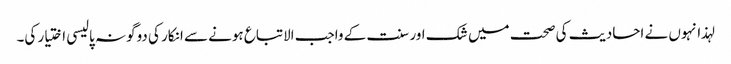
لہذا نہوں نے احادیث کی صحت میں شک اور سنت کے واجب الاتباع ہونے سے انکار کی دوگونہ پالیسی اختیار کی۔